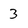
Character: 3